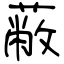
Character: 蔽